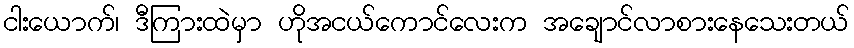
ငါးယောက်၊ ဒီကြားထဲမှာ ဟိုအငယ်ကောင်လေးက အချောင်လာစားနေသေးတယ်